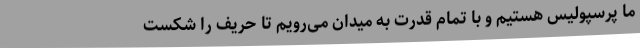
ما پرسپولیس هستیم و با تمام قدرت به میدان می‌رویم تا حریف را شکست